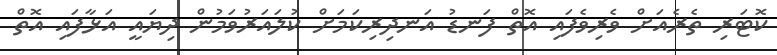
ކޮޓަރި ތެރެއަށް ވެރިވެފައި އޮތް ފަނޑު އަނދިރިކަމަށް ކުލައަރުވަމުން ދިޔައީ އަޅާފައި އޮތް